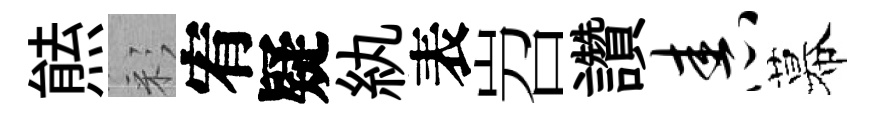
㷱彩宥疑紈表岧讚舂幕